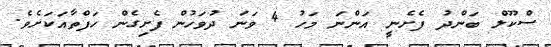
ސްކޫލް ބަންދު ފެށެނީ އަންނަ މަހު 4 ވަނަ ދުވަހުން ފެށިގެން ހަފްތާއަކަށެވެ.